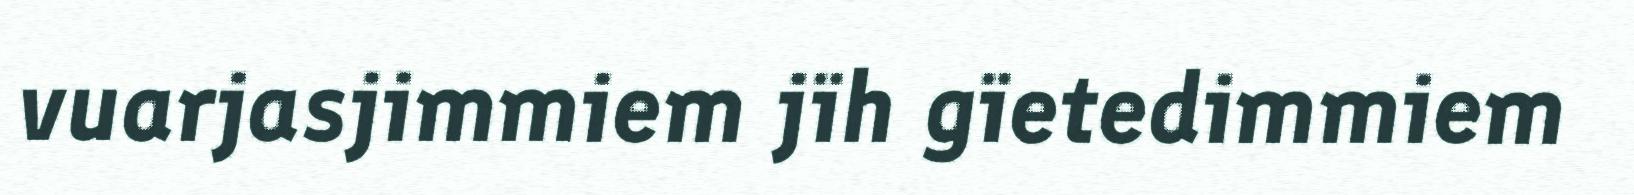
vuarjasjimmiem jïh gïetedimmiem